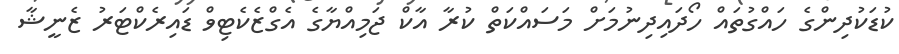
ކުޑަކުދިންގެ ހައްގުތައް ހޯދައިދިނުމަށް މަސައްކަތް ކުރާ އާކް ޖަމިއްޔާގެ އެގްޒެކެޓިވް ޑައިރެކްޓަރު ޒެނީޝާ